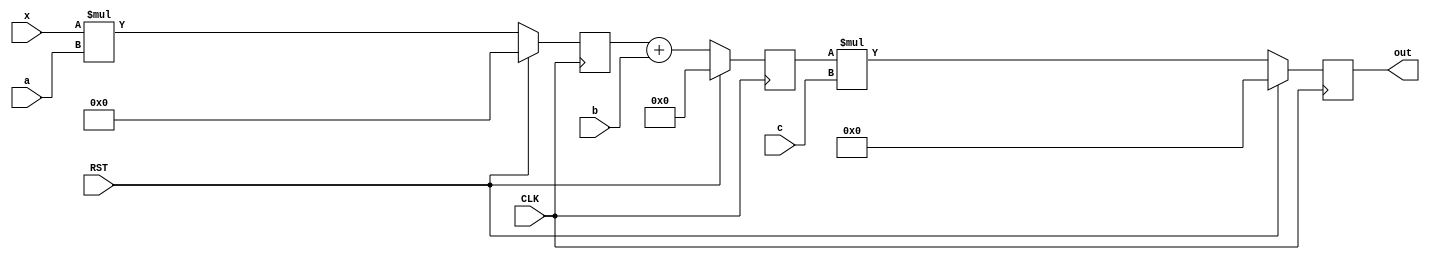
`timescale 1ns / 1ps
//////////////////////////////////////////////////////////////////////////////////
// Company: 
// Engineer: 
// 
// Design Name: 
// Module Name: HW4_1A_Nagelvoort_Ethan
// Project Name: 
// Target Devices: 
// Tool Versions: 
// Description: 
// 
// Dependencies: 
// 
// Revision:
// Revision 0.01 - File Created
// Additional Comments:
// 
//////////////////////////////////////////////////////////////////////////////////


module HW4_1A_Nagelvoort_Ethan 
#(parameter WLx = 8, //sizes of x,a,b,c
 WLa = 3, 
 WLb = 4, 
 WLc = 5,
 WLregm = WLx + WLa,//size of x*a
 WLrega = (WLregm > WLb) ? WLregm + 1 : WLb + 1,//if WLregm is greater than WLb then WLrega = WLregm + 1, if not then it equals WLb+1
 //size of regm+b
 WLout = WLrega + WLc)//size of rega * c
 (input CLK, RST,
 input signed [WLx - 1 : 0] x,
 input signed [WLa - 1 : 0] a,
 input signed [WLb - 1 : 0] b,
 input signed [WLc - 1 : 0] c,
 output reg  signed [WLout - 1 : 0] out);
 reg  signed [WLregm - 1 : 0] regm; //register for multiplication
 reg  signed [WLrega - 1 : 0] rega; //register for addition
 always @(posedge CLK) begin
 if(RST==1'b1) begin // use <= cause this is a sequential circuit
 out <= 0; //set all regs to 0 if reset is active
 regm <= 0;
 rega<=0;
 end
 else begin
 regm <= x * a; //regm = x*a
 rega <= regm + b;//rega = mulR + b
 out <= rega * c; // out = addR * c
 end
 end
endmodule